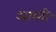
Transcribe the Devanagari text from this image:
आरती॰